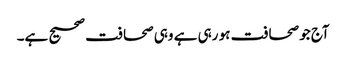
آج جو صحافت ہو رہی ہے وہی صحافت صحیح ہے۔